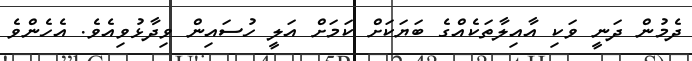
ދެމުން ދަނީ ވަކި އާއިލާތަކެއްގެ ބަޔަކަށް ކަމަށް އަލީ ހުސައިން ވިދާޅުވިއެވެ. އެހެންވެ